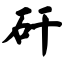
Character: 矸